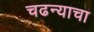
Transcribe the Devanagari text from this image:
चढन्याचा